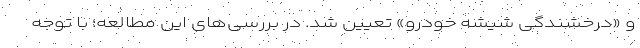
و «درخشندگی شیشه خودرو» تعیین شد. در بررسی‌های این مطالعه؛ با توجه